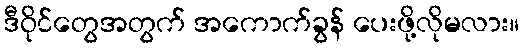
ဒီဝိုင်တွေအတွက် အကောက်ခွန် ပေးဖို့လိုမလား။